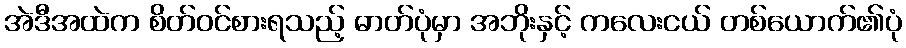
အဲဒီအထဲက စိတ်ဝင်စားရသည့် ဓာတ်ပုံမှာ အဘိုးနှင့် ကလေးငယ် တစ်ယောက်၏ပုံ